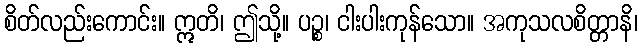
စိတ်လည်းကောင်း။ ဣတိ၊ ဤသို့။ ပဉ္စ၊ ငါးပါးကုန်သော။ အကုသလစိတ္တာနိ၊